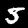
Digit: 5